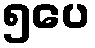
၅ပေ